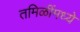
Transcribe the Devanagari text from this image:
तमिळींमध्ये